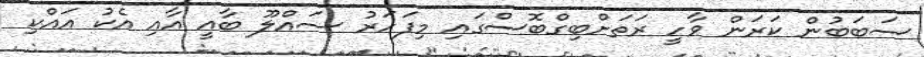
ސަބަބުން ކަރަން ވާހީ ރަތަށްބިގްބޮސްގައި މިފަހަރު ސައްލޫ ބާއީ އާއި އެކު އައްކި